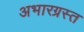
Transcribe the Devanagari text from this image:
अभारग्रस्त